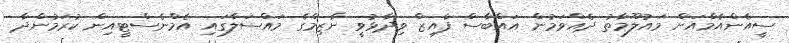
ސީއެންއެމްއަށް މައުލޫމާތު ދެއްވަމުން އައްބާސް ފާއިޒް ވިދާޅުވީ ނާޒިމްގެ މައްސަލާގައި އެމްނެސްޓީއިން ކުރަމުންދާ